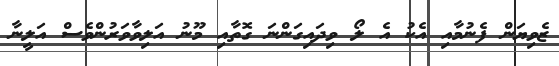
ޒެވިޔަން ފެނުމާއި އެކު އެ ލޯ ވިދައިގަންނަ ގޮތާއި މޫނު އަލިވާވަރުންވެސް އަލީނާ